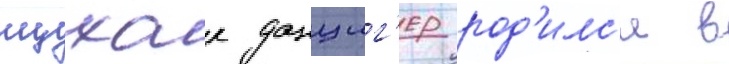
ицхак данциг'ер род'илс'я в